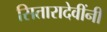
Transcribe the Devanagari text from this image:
सितारादेवींनी